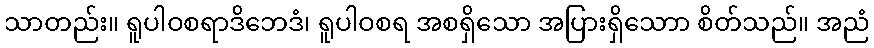
သာတည်း။ ရူပါဝစရာဒိဘေဒံ၊ ရူပါဝစရ အစရှိသော အပြားရှိသောာ စိတ်သည်။ အညံ